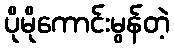
ပိုမိုကောင်းမွန်တဲ့